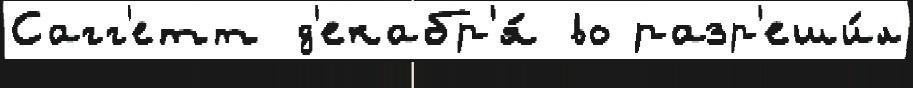
Сагг'етт д'екабр'я́ во разр'еши́л